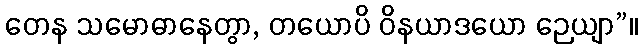
တေန သမောဓာနေတွာ, တယောပိ ဝိနယာဒယော ဉေယျာ”။